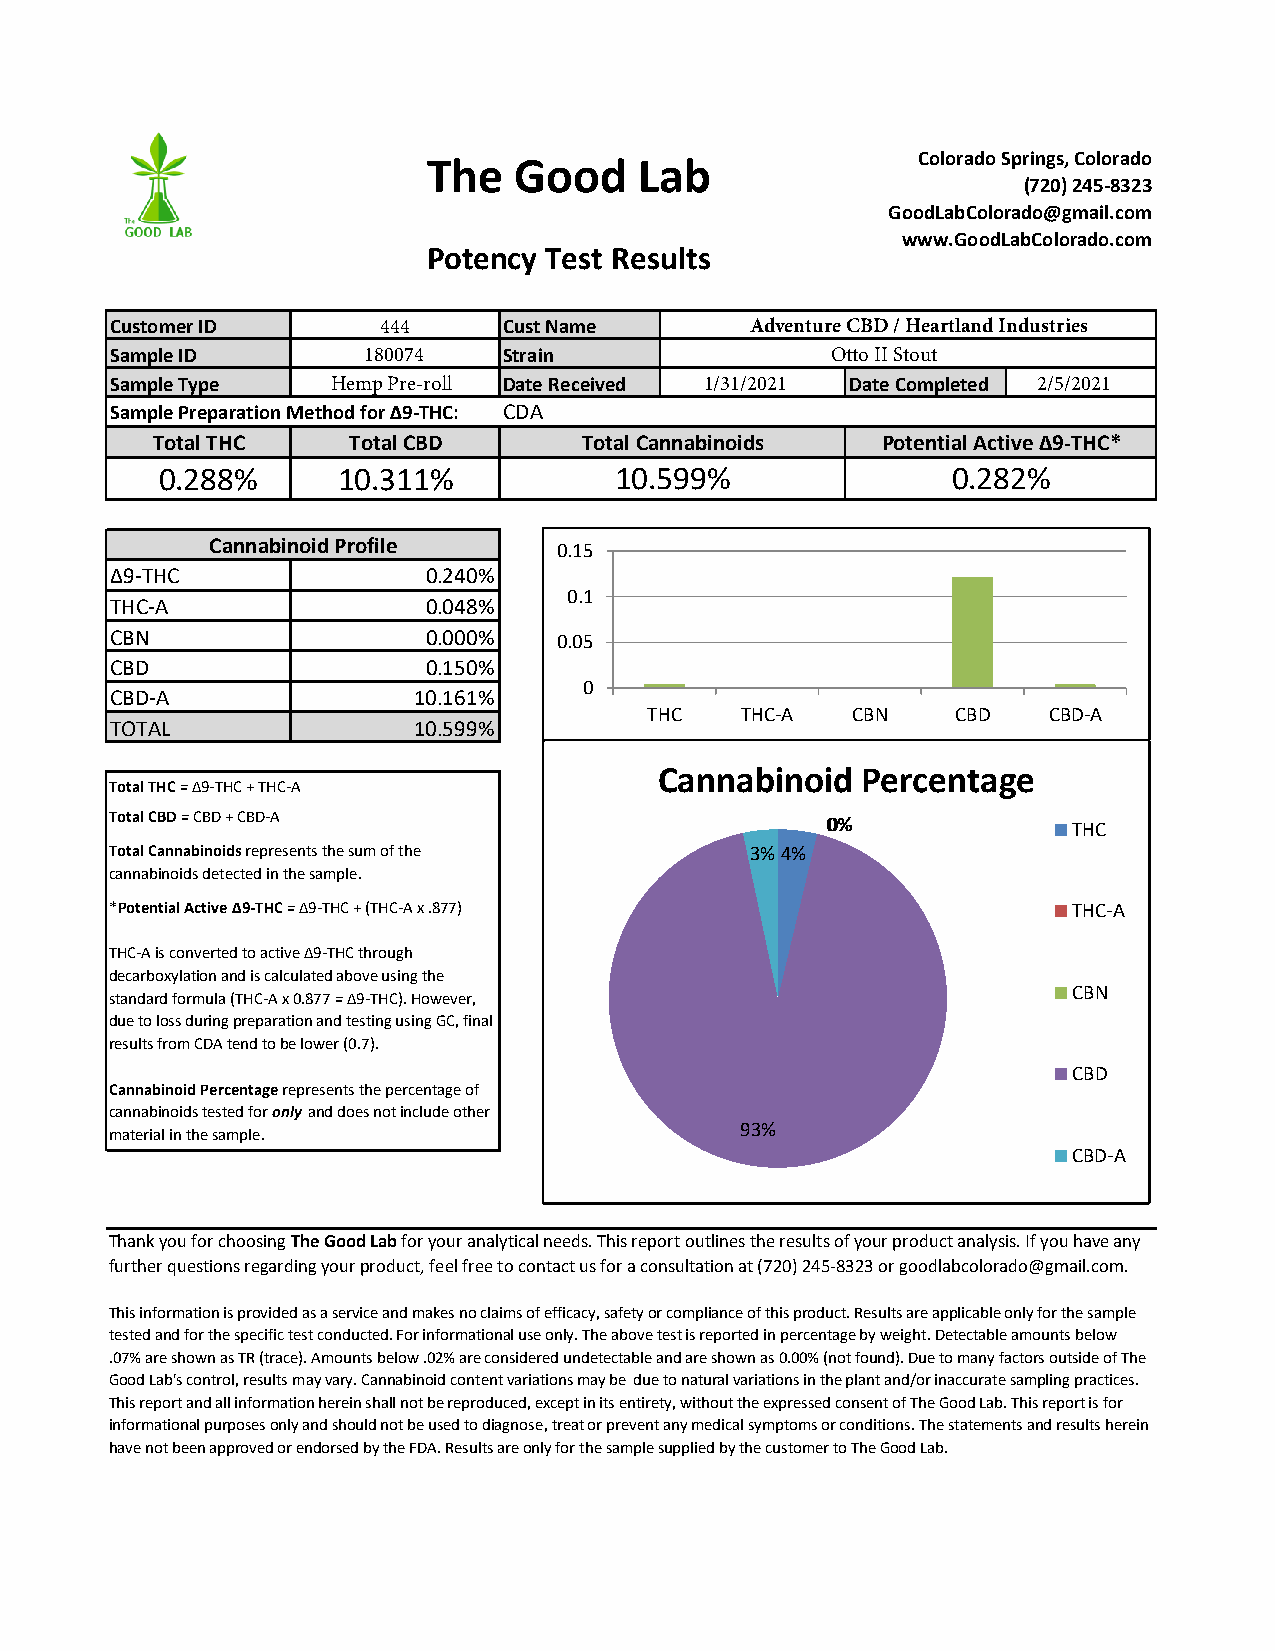
The   Good    Lab                Colorado Springs, Colorado
 (720)245-8323
 GoodLabColorado@gmail.com
 www.GoodLabColorado.com
 Potency Test Results
 Customer ID       444     Cust Name        Adventure CBD / Heartland Industries
 Sample ID        180074   Strain                Otto II Stout
 Sample Type    Hemp Pre-roll Date Received 1/31/2021 Date Completed 2/5/2021
 Sample Preparation Method for Δ9-THC: CDA
 Total THC    Total CBD       Total Cannabinoids Potential Active Δ9-THC*
 0.288%      10.311%            10.599%               0.282%
 Cannabinoid Profile    0.15
 Δ9-THC               0.240%
 0.1
 THC-A                0.048%
 CBN                  0.000%   0.05
 CBD                  0.150%
 0
 CBD-A               10.161%
 THC   THC-A  CBN    CBD   CBD-A
 TOTAL               10.599%
 Cannabinoid  Percentage
 Total THC = Δ9-THC + THC-A
 Total CBD = CBD + CBD-A                         00%%            THC
 Total Cannabinoids represents the sum of the 3% 4%
 cannabinoids detected in the sample.
 *Potential Active Δ9-THC = Δ9-THC + (THC-A x .877)              THC-A
 THC-A is converted to active Δ9-THC through
 decarboxylation and is calculated above using the
 CBN
 standard formula (THC-A x 0.877 = Δ9-THC). However,
 due to loss during preparation and testing using GC, final
 results from CDA tend to be lower (0.7).
 CBD
 Cannabinoid Percentage represents the percentage of
 cannabinoids tested for only and does not include other
 93%
 material in the sample.
 CBD-A
 Thank you for choosing The Good Lab for your analytical needs. This report outlines the results of your product analysis. If you have any
 further questions regarding your product, feel free to contact us for a consultation at (720) 245-8323 or goodlabcolorado@gmail.com.
 This information is provided as a service and makes no claims of efficacy, safety or compliance of this product. Results are applicable only for the sample
 tested and for the specific test conducted. For informational use only. The above test is reported in percentage by weight. Detectable amounts below
 .07% are shown as TR (trace). Amounts below .02% are considered undetectable and are shown as 0.00% (not found). Due to many factors outside of The
 Good Lab's control, results may vary. Cannabinoid content variations may be due to natural variations in the plant and/or inaccurate sampling practices.
 This report and all information herein shall not be reproduced, except in its entirety, without the expressed consent of The Good Lab. This report is for
 informational purposes only and should not be used to diagnose, treat or prevent any medical symptoms or conditions. The statements and results herein
 have not been approved or endorsed by the FDA. Results are only for the sample supplied by the customer to The Good Lab.